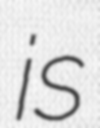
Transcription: is